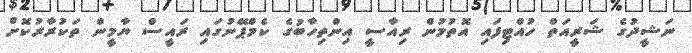
ނަޝީދުގެ ޝަރީއަތް ހުއްޓިފައި އޮތުމުން ރިއާސީ އިންތިހާބުގެ ކެމްޕޭނުގައި ރައީސް ޔާމީން ތަކުރާރުކޮށް